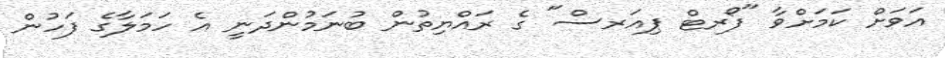
އަވަށް ކަމަށްވާ "ފޯރޓް ޕިއަރސް" ގެ ރައްޔިތުން ބުނަމުންދަނީ އެ ހަމަލާގެ ފަހުން